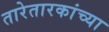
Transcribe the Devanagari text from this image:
तारेतारकांच्या